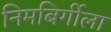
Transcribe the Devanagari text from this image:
निमबिर्गीला